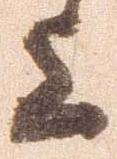
上